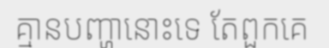
គ្មានបញ្ហានោះទេ តែពួកគេ